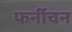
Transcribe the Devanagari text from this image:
फर्नीचन